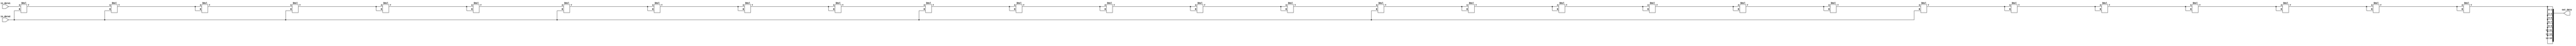
module ArrayMultiplier #(parameter WIDTH = 8) (
    input wire [WIDTH-1:0] in_data1,
    input wire [WIDTH-1:0] in_data2,
    output wire [WIDTH*2-1:0] out_data
);

reg [WIDTH*2-1:0] output_reg;
wire [WIDTH-1:0] inter_data [0:WIDTH-1];

genvar i, j;
generate
    for (i = 0; i < WIDTH; i = i + 1) begin : BLOCKS
        assign inter_data[i] = (i == 0) ? in_data1 : inter_data[i-1];
    end
    
    for (i = 0; i < WIDTH; i = i + 1) begin : MULTIPLICATION
        assign inter_data[0] = (i == 0) ? in_data1 : inter_data[i-1];
        for (j = 0; j < WIDTH; j = j + 1) begin : BLOCK
            assign inter_data[j+1] = (j == 0) ? (inter_data[j] * in_data2) : (inter_data[j] * inter_data[j]);
        end
        assign output_reg[i*2:i*2+1] = inter_data[WIDTH-1];
    end
endgenerate

assign out_data = output_reg;

endmodule